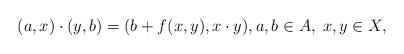
LaTeX: \begin{align*}(a,x)\cdot (y,b)=(b+f(x,y),x\cdot y),a,b\in A,\;x,y\in X,\end{align*}